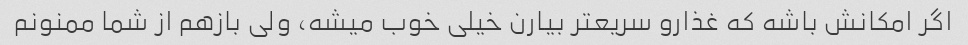
اگر امکانش باشه که غذارو سریعتر بیارن خیلی خوب میشه، ولی بازهم از شما ممنونم